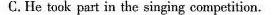
C. He took part in the singing competition.